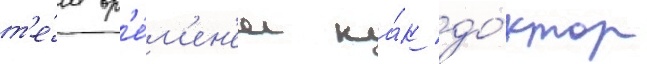
т'е́м вр'е́м'ен'ем ка́к до́ктор